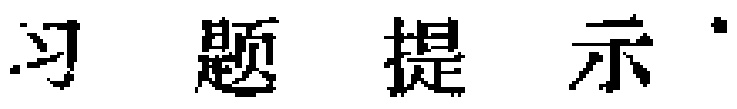
习题提示